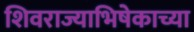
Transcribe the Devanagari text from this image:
शिवराज्याभिषेकाच्या